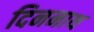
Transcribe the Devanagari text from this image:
दिननाथ